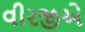
વીરજીએ